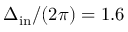
\Delta _ { \mathrm { i n } } / ( 2 \pi ) = 1 . 6